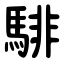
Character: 騑